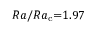
R a / R a _ { \mathrm c } { = } 1 . 9 7